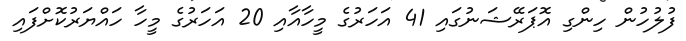
ފުލުހުން ހިންގި އޮޕަރޭޝަނުގައި 41 އަހަރުގެ މީހާއާއި 20 އަހަރުގެ މީހާ ހައްޔަރުކޮށްފައި